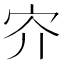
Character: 㝏